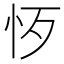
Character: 𢗚